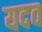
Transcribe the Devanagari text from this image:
यदव